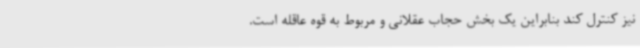
نیز کنترل کند بنابراین یک بخش حجاب عقلانی و مربوط به قوه عاقله است.